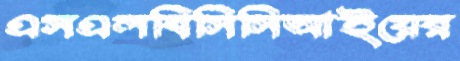
এসএলবিসিসিআইয়ের